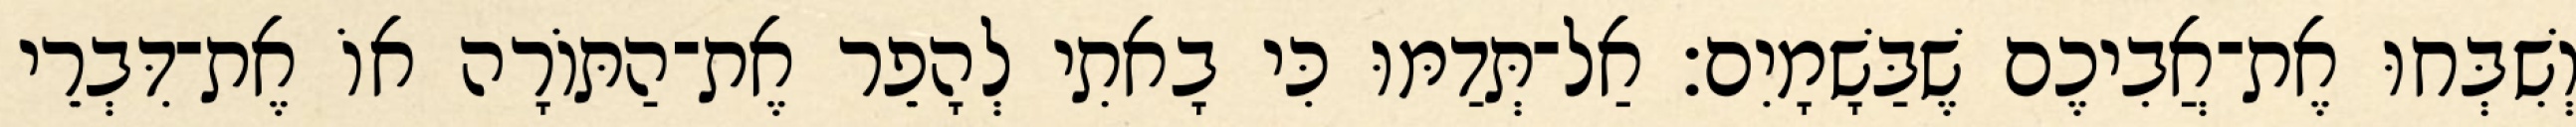
וְשִׁבְּחוּ אֶת־אֲבִיכֶם שֶׁבַּשָׁמָיִם׃ אַל־תְּדַמּוּ כִּי בָאתִי לְהָפֵר אֶת־הַתּוֹרָה אוֹ אֶת־דִּבְרֵי